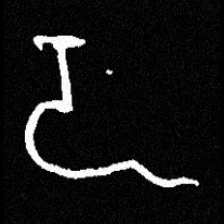
Pyu character \u2014 Myanmar letter: ဍ (romanized: dda)